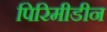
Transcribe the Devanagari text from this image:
पिरिमीडीन